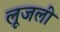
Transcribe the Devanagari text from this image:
लूजली